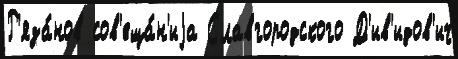
Р'яза́нов сов'еща́н'иjа Славгородского Д'ив'идов'ич